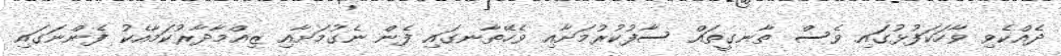
ދެއްކެވި ވާހަކަފުޅުގައި ވެސް ތާނގީތައް ސާފުކުރުމަށާއި ވެހޭތާނގައި ފެން ނެގުމަށާއި ޒިއްމާދާރުކަމާއެކު ފެންނަގައި